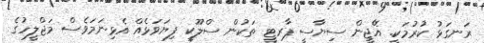
ރަނގަޅު ކުރުމަކީ. އޭޖީން ސިޔާސީ ޕާރޓީ ތަކުން ސްލޫކީ ފިޔަވަޅެއް އެޅިނަމަވެސް މަޖްލީހުގެ